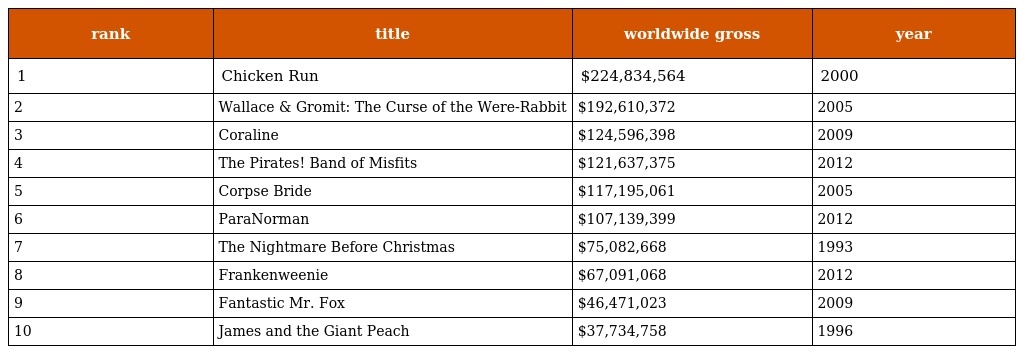
| rank | title | worldwide gross | year |
 | --- | --- | --- | --- |
 | 1 | Chicken Run | $224,834,564 | 2000 |
 | 2 | Wallace & Gromit: The Curse of the Were-Rabbit | $192,610,372 | 2005 |
 | 3 | Coraline | $124,596,398 | 2009 |
 | 4 | The Pirates! Band of Misfits | $121,637,375 | 2012 |
 | 5 | Corpse Bride | $117,195,061 | 2005 |
 | 6 | ParaNorman | $107,139,399 | 2012 |
 | 7 | The Nightmare Before Christmas | $75,082,668 | 1993 |
 | 8 | Frankenweenie | $67,091,068 | 2012 |
 | 9 | Fantastic Mr. Fox | $46,471,023 | 2009 |
 | 10 | James and the Giant Peach | $37,734,758 | 1996 |